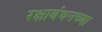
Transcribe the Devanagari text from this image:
रक्षाबंधनच्या